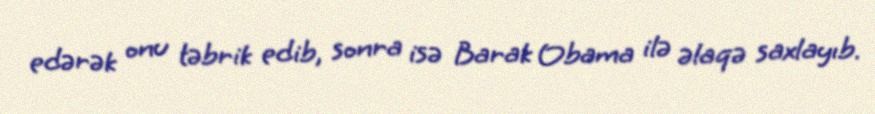
edərək onu təbrik edib, sonra isə Barak Obama ilə əlaqə saxlayıb.